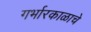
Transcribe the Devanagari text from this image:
गर्भारकाळाचे